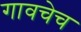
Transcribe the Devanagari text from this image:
गावचेच